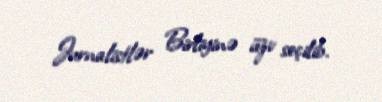
Jurnalistlər Birliyinə üzv seçilib.